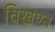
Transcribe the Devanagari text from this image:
विखण्न